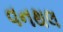
વનથલ